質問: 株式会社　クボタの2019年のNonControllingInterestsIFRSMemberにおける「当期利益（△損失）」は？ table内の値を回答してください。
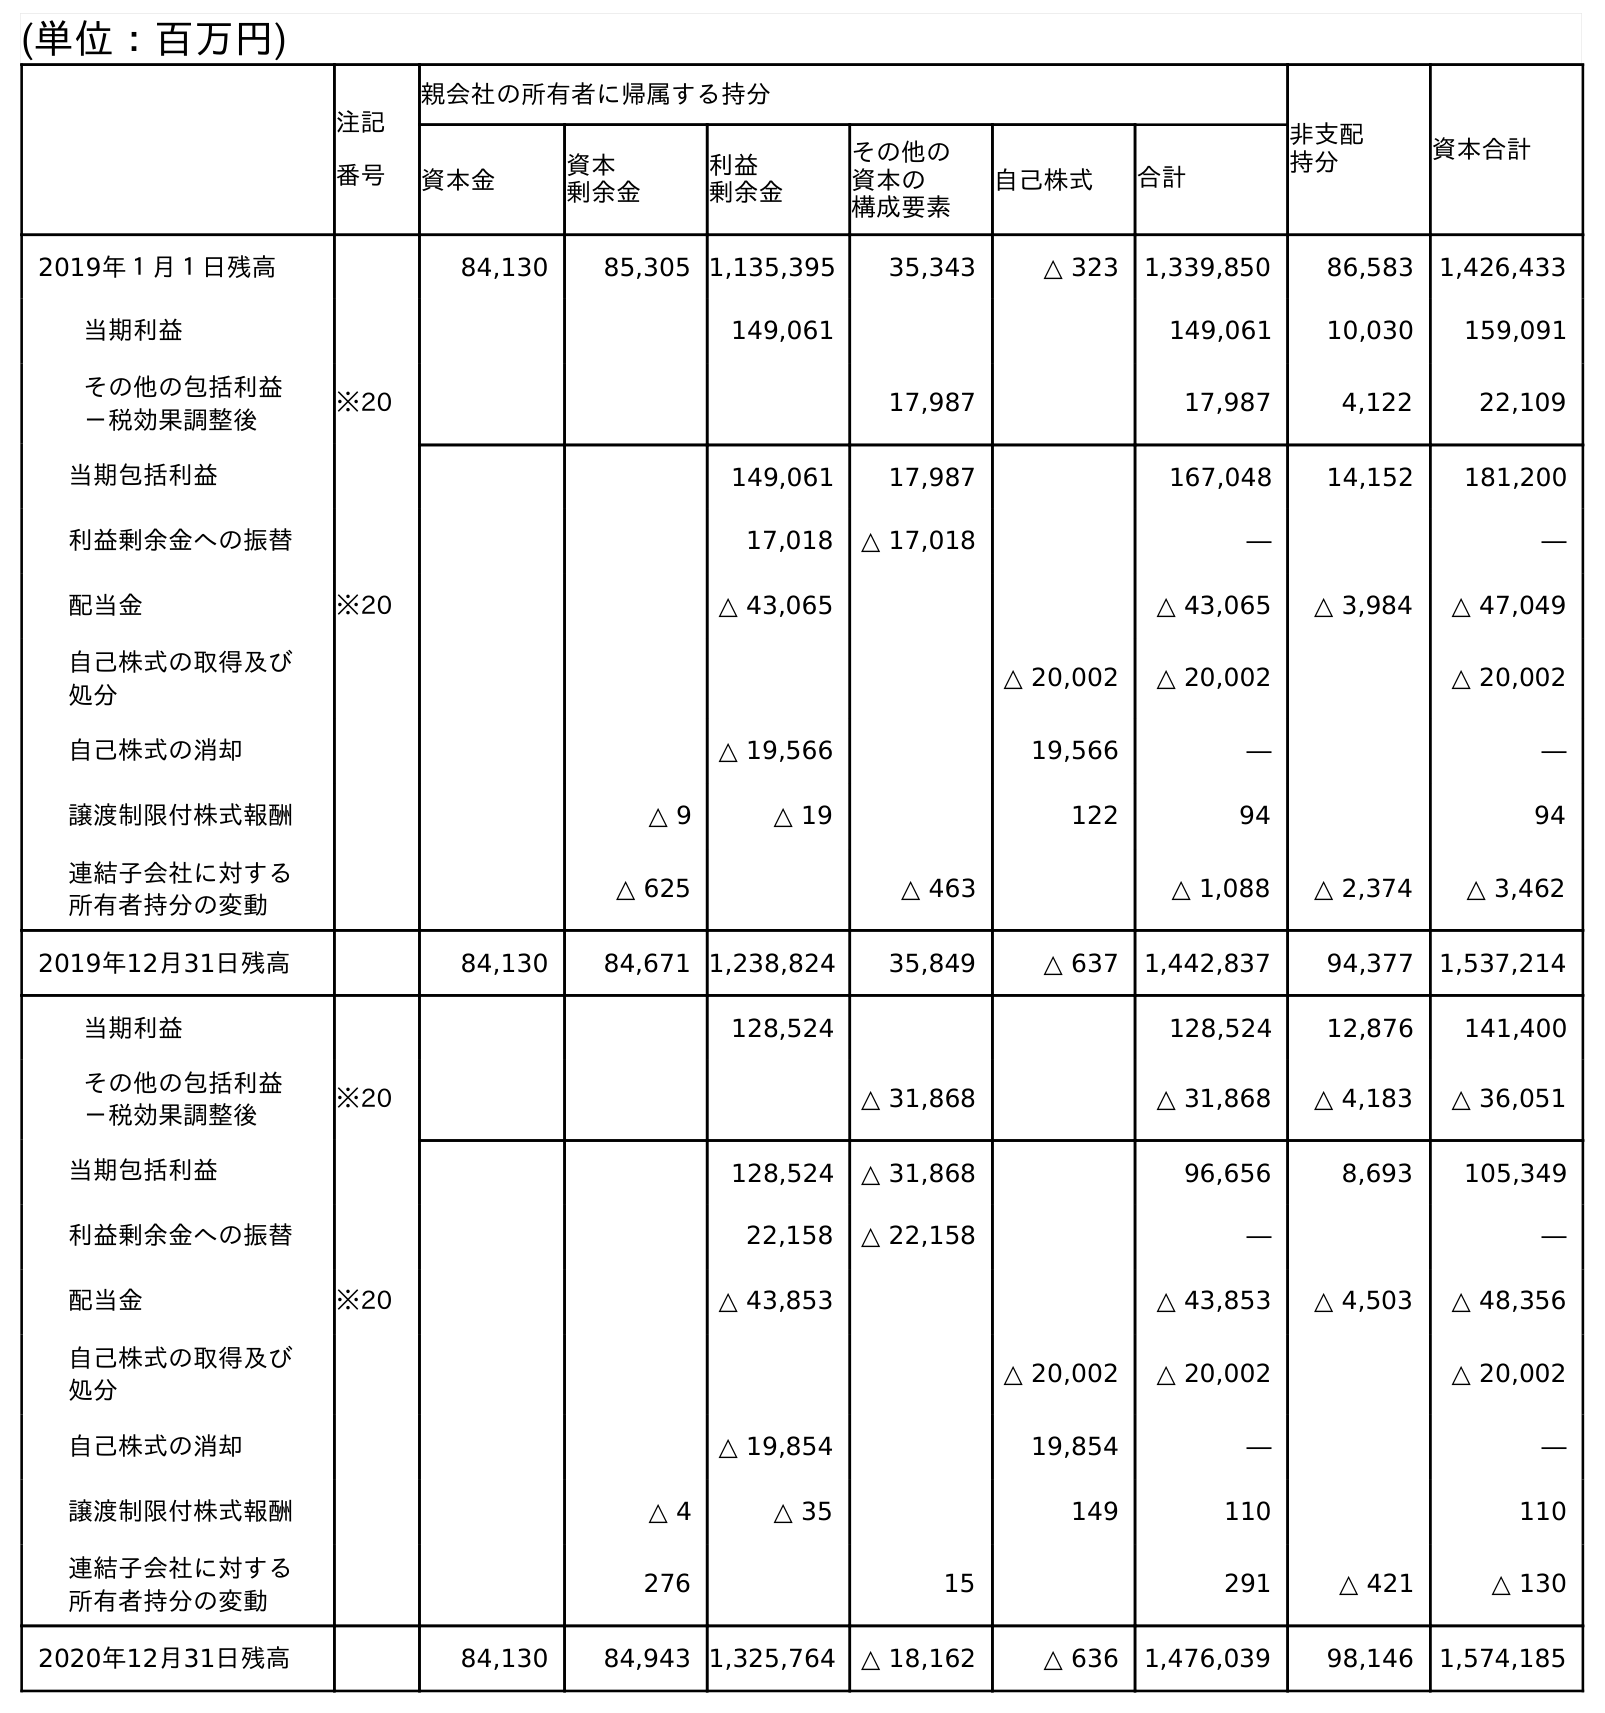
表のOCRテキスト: (単位：百万円) 注記 番号 親会社の所有者に帰属する持分 非支配 持分 資本合計 資本金 資本 剰余金 利益 剰余金 その他の 資本の 構成要素 自己株式 合計 2019年１月１日残高 84,130 85,305 1,135,395 35,343 △ 323 1,339,850 86,583 1,426,433 当期利益 149,061 149,061 10,030 159,091 その他の包括利益 －税効果調整後 ※20 17,987 17,987 4,122 22,109 当期包括利益 149,061 17,987 167,048 14,152 181,200 利益剰余金への振替 17,018 △ 17,018 ― ― 配当金 ※20 △ 43,065 △ 43,065 △ 3,984 △ 47,049 自己株式の取得及び 処分 △ 20,002 △ 20,002 △ 20,002 自己株式の消却 △ 19,566 19,566 ― ― 譲渡制限付株式報酬 △ 9 △ 19 122 94 94 連結子会社に対する 所有者持分の変動 △ 625 △ 463 △ 1,088 △ 2,374 △ 3,462 2019年12月31日残高 84,130 84,671 1,238,824 35,849 △ 637 1,442,837 94,377 1,537,214 当期利益 128,524 128,524 12,876 141,400 その他の包括利益 －税効果調整後 ※20 △ 31,868 △ 31,868 △ 4,183 △ 36,051 当期包括利益 128,524 △ 31,868 96,656 8,693 105,349 利益剰余金への振替 22,158 △ 22,158 ― ― 配当金 ※20 △ 43,853 △ 43,853 △ 4,503 △ 48,356 自己株式の取得及び 処分 △ 20,002 △ 20,002 △ 20,002 自己株式の消却 △ 19,854 19,854 ― ― 譲渡制限付株式報酬 △ 4 △ 35 149 110 110 連結子会社に対する 所有者持分の変動 276 15 291 △ 421 △ 130 2020年12月31日残高 84,130 84,943 1,325,764 △ 18,162 △ 636 1,476,039 98,146 1,574,185
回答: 10,030